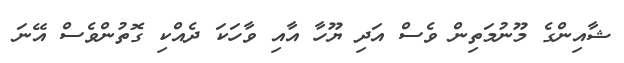
ޝާއިންގެ މޫނުމަތިން ވެސް އަދި ޔޫހާ އާއި ވާހަކަ ދެއްކި ގޮތުންވެސް އޭނަ